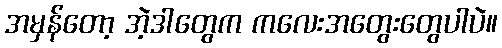
အမှန်တော့ အဲ့ဒါတွေက ကလေးအတွေးတွေပါပဲ။